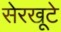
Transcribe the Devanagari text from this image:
सेरखूटे